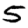
Digit: 5